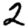
Digit: 2